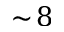
\sim \! 8